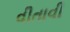
વીતાવી